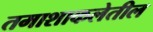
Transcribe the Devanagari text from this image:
तमाशाकलेतील